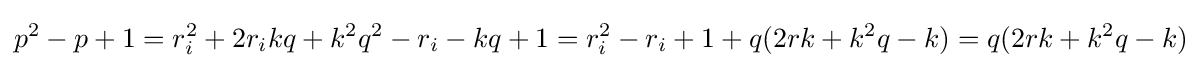
p^{2}-p+1=r_{i}^{2}+2r_{i}kq+k^{2}q^{2}-r_{i}-kq+1=r_{i}^{2}-r_{i}+1+q(2rk+k^{2}q-k)=q(2rk+k^{2}q-k)